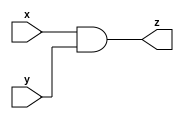
`timescale 1ns / 1ps

module and_gate(input wire x, input wire y, output wire z);

//input x, y;
//output z;

assign z = x & y;

endmodule